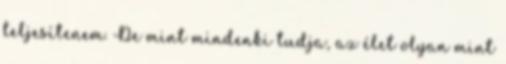
teljesítenem. De mint mindenki tudja, az élet olyan mint